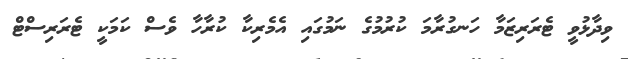
ވިދާޅުވީ ޓެރަރިޒަމާ ހަނގުރާމަ ކުރުމުގެ ނަމުގައި އެމެރިކާ ކުރާހާ ވެސް ކަމަކީ ޓެރަރިސްޓް